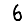
Digit: 6